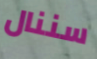
سننال